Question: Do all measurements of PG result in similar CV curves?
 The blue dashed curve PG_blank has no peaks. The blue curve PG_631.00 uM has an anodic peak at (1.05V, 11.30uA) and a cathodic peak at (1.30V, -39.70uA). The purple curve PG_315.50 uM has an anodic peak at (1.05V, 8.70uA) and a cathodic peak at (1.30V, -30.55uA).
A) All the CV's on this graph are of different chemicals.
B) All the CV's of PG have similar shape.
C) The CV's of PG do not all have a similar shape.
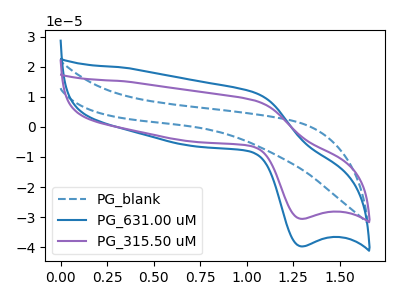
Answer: <think>"PG_blank" and "PG_631.00 uM" have a different number of peaks. "PG_blank" and "PG_315.50 uM" have a different number of peaks. All the peaks in "PG_631.00 uM" have a peak in "PG_315.50 uM" at the same potential. Every peak in "PG_631.00 uM" is higher than every peak in "PG_315.50 uM".
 </think>
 <answer>B) All the CV's of "PG" have similar shape.</answer>
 <eval>B</eval>